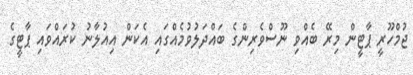
ޖުމްހޫރީ ޕާޓީން މިރޭ ބެއްވި ނޫސްވެރިންގެ ބައްދަލުވުމެއްގައި އެކަން އިއުލާނު ކުރައްވައި ޕާޓީގެ